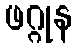
ဖဂ္ဂုန